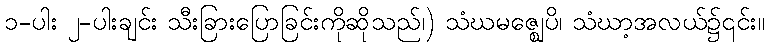
၁-ပါး ၂-ပါးချင်း သီးခြားပြောခြင်းကိုဆိုသည်၊) သံဃမဇ္ဈေပိ၊ သံဃာ့အလယ်၌၎င်း။